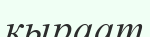
қыраат